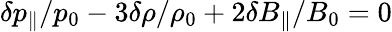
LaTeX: \delta p_{\| }/p_{0}-3\delta\rho/\rho_{0}+2\delta B_{\| }/B_{0}=0